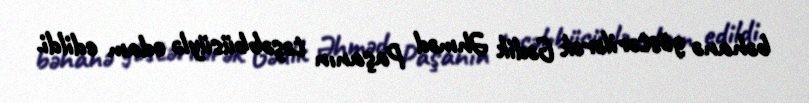
bəhanə göstərilərək Gədik Əhməd Paşanın təşəbbüsüylə edam edildi.